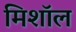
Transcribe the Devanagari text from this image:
मिशॉल